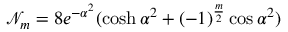
\mathcal { N } _ { m } = 8 e ^ { - \alpha ^ { 2 } } ( \cosh \alpha ^ { 2 } + ( - 1 ) ^ { \frac { m } { 2 } } \cos \alpha ^ { 2 } )